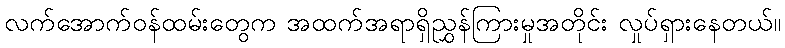
လက်အောက်ဝန်ထမ်းတွေက အထက်အရာရှိညွှန်ကြားမှုအတိုင်း လှုပ်ရှားနေတယ်။